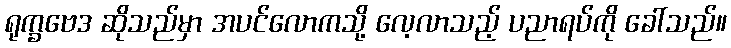
ရုက္ခဗေဒ ဆိုသည်မှာ အပင်လောကသို့ လေ့လာသည့် ပညာရပ်ကို ခေါ်သည်။